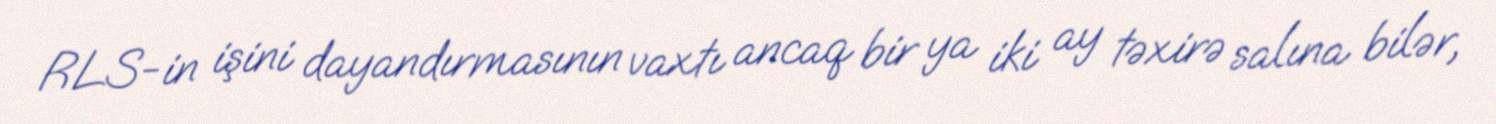
RLS-in işini dayandırmasının vaxtı ancaq bir ya iki ay təxirə salına bilər,